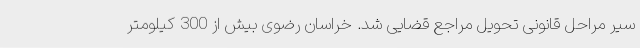
سیر مراحل قانونی تحویل مراجع قضایی شد. خراسان رضوی بیش از 300 کیلومتر